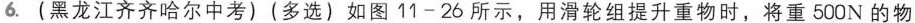
6.(黑龙江齐齐哈尔中考)(多选)如图11-26所示，用滑轮组提升重物时，将重500N的物